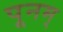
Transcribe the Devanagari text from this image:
पूनम्